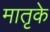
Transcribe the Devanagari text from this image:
मातृके